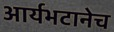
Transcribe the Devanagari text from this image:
आर्यभटानेच